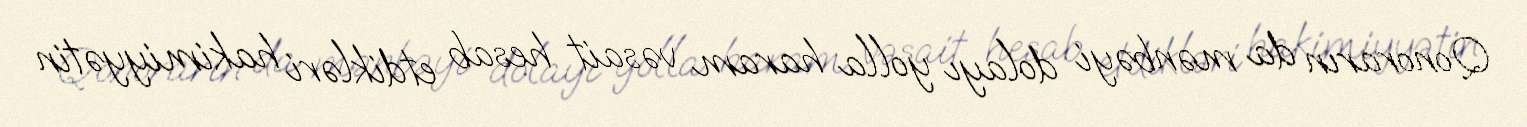
Qonorarın da mənbəyi dolayı yolla haram vəsait hesab etdikləri hakimiyyətin